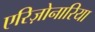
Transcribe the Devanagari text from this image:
एरिज़ोनारिया